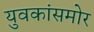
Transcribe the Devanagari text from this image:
युवकांसमोर